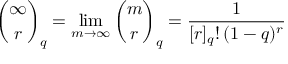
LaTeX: { \binom { \infty } { r } } _ { q } = \operatorname* { l i m } _ { m \rightarrow \infty } { \binom { m } { r } } _ { q } = { \frac { 1 } { [ r ] _ { q } ! \, ( 1 - q ) ^ { r } } }